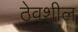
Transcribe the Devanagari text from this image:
ठेवशील